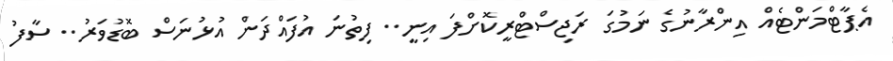
އެޕާޓްމަންޓެއް އިންރާނުގެ ނަމުގަ ރަޖިސްޓްރީކޮށްފަ އިނީ.. ފިތުނަ އުފައްދަން އުޅުނަސް ބޮޑުވަރު.. ސާފު